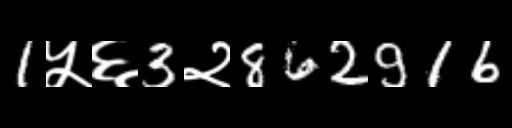
Text: 1५६3२862916